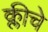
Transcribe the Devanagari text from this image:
क्लीचे